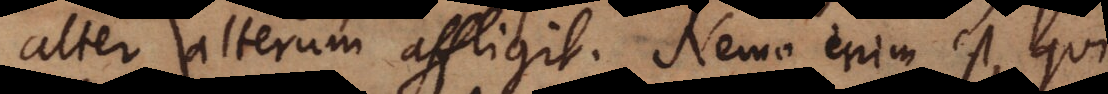
alter alterum affligit. Nemo enim est, qui